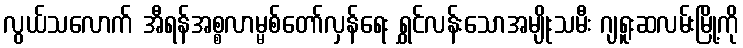
လွယ်သလောက် အီရန်အစ္စလာမ္မစ်တော်လှန်ရေး ရွှင်လန်းသောအမျိုးသမီး ဂျရူးဆလမ်းမြို့ကို